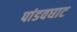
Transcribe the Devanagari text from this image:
पांडवघाट